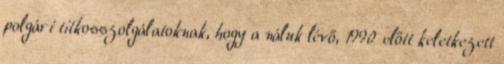
polgári titkosszolgálatoknak, hogy a náluk lévő, 1990 előtt keletkezett